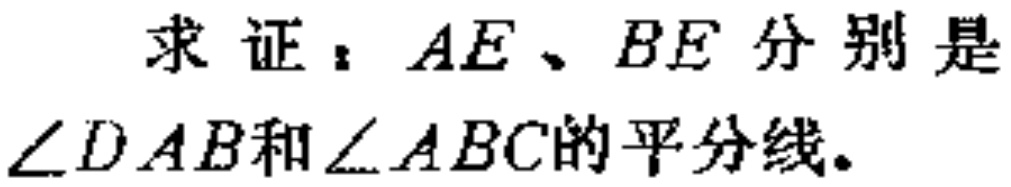
求证：$AE、BE$分别是$\angle DAB$和$\angle ABC$的平分线。